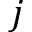
j